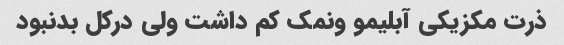
ذرت مکزیکی آبلیمو ونمک کم داشت ولی درکل بدنبود